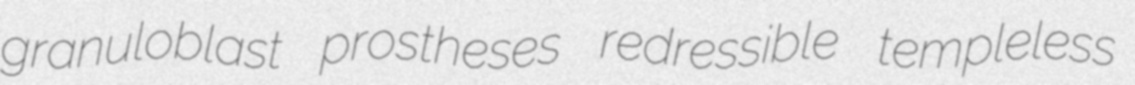
granuloblast prostheses redressible templeless